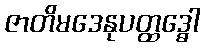
ဇာတိမဒေနုပတ္ထဒ္ဓေါ